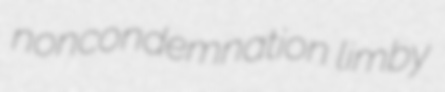
noncondemnation limby